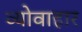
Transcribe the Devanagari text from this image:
व्योवाहार